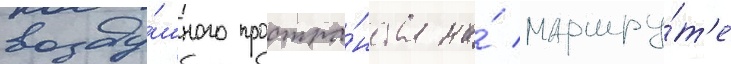
возду́шного простра́нства на́ маршру́т'е